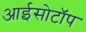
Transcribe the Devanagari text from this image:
आईसोटॉप